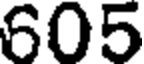
605